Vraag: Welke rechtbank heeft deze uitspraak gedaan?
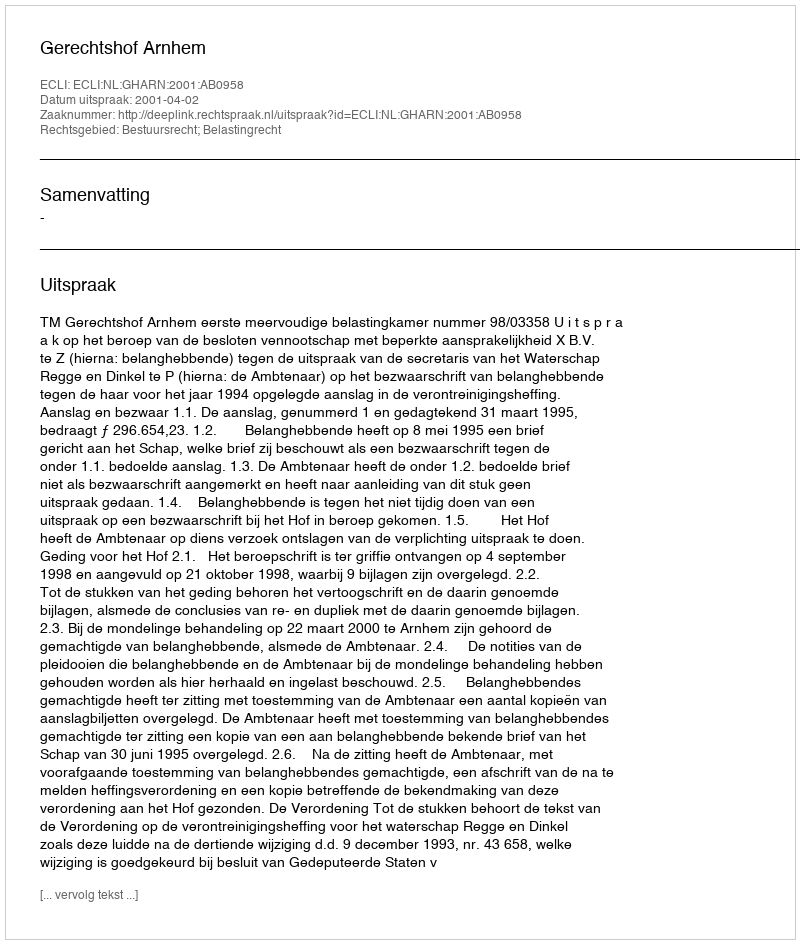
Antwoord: Gerechtshof Arnhem